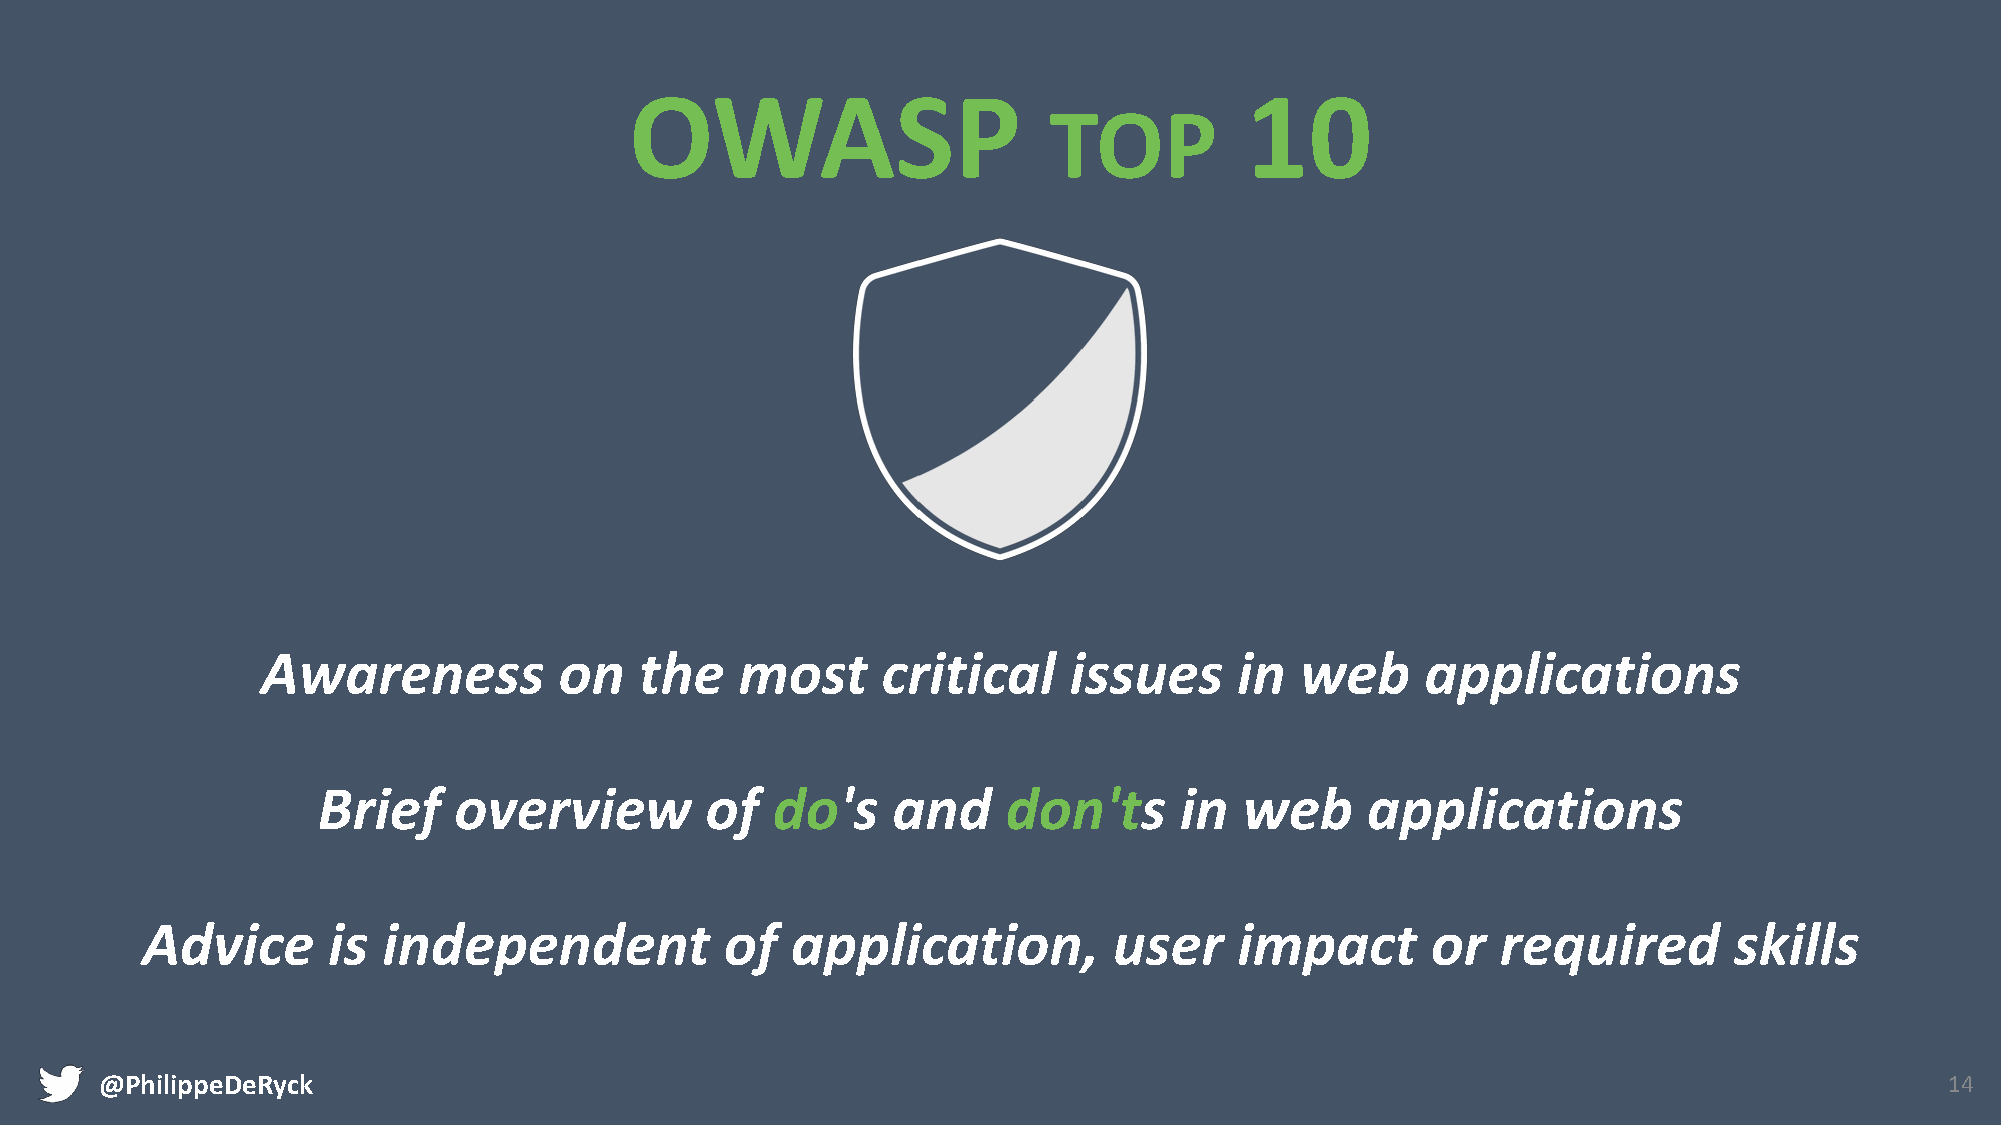
OWASP                                   10
 TOP
 Awareness           on   the    most     critical     issues     in  web     applications
 Brief    overview         of  do's    and     don'ts     in  web     applications
 Advice       is independent            of  application,          user    impact       or  required        skills
 @PhilippeDeRyck                                                                                                           14